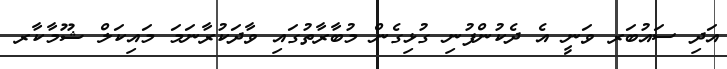
އަދި ސައުބަރ ވަނީ އެ ދެކުންފުނި ގުޅިގެން މުބާރާތުގައި ވާދަކުރާނަމަ މައިކަލް ޝޫމާކާރ